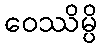
ဝေဿိမ္ပိ